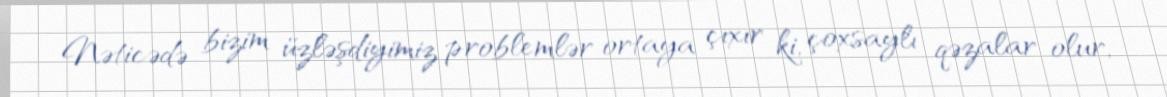
Nəticədə bizim üzləşdiyimiz problemlər ortaya çıxır ki, çoxsaylı qəzalar olur,